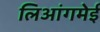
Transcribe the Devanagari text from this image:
लिआंगमेई